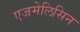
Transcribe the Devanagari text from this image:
एजमेलिसिन